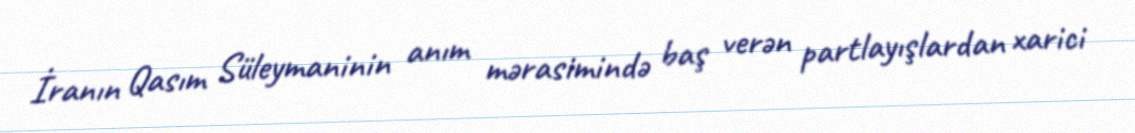
İranın Qasım Süleymaninin anım mərasimində baş verən partlayışlardan xarici